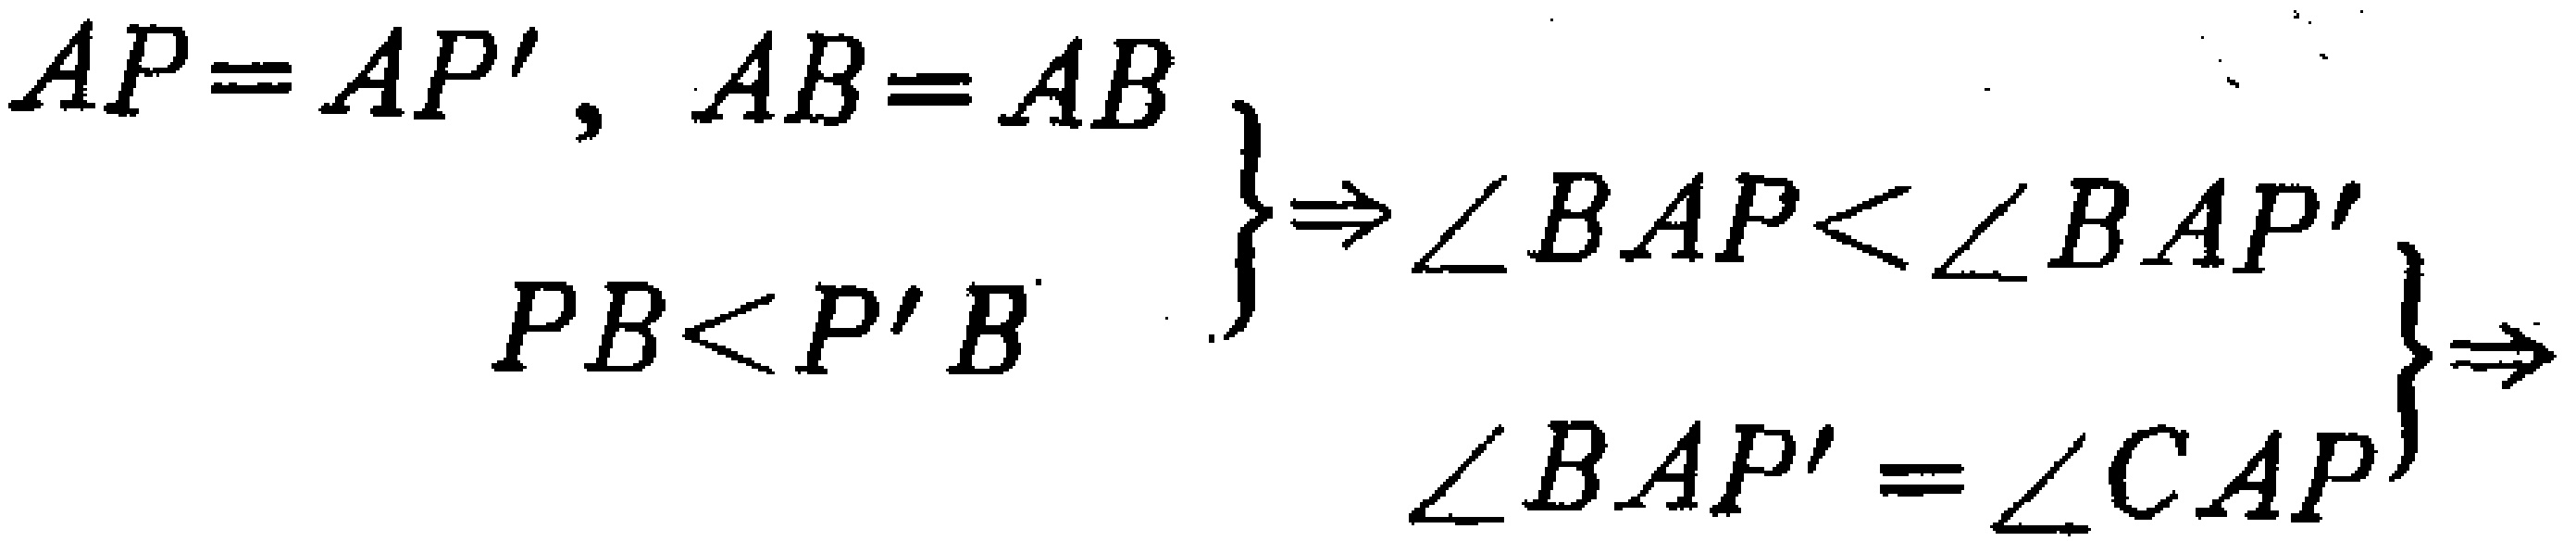
$\left.\begin{array}{r}
AP = AP',\ AB = AB\\
PB<P'B
\end{array}\right\}
\Rightarrow
\left.\begin{array}{r}
\angle BAP<\angle BAP'\\
\angle BAP'=\angle CAP
\end{array}\right\}
\Rightarrow$